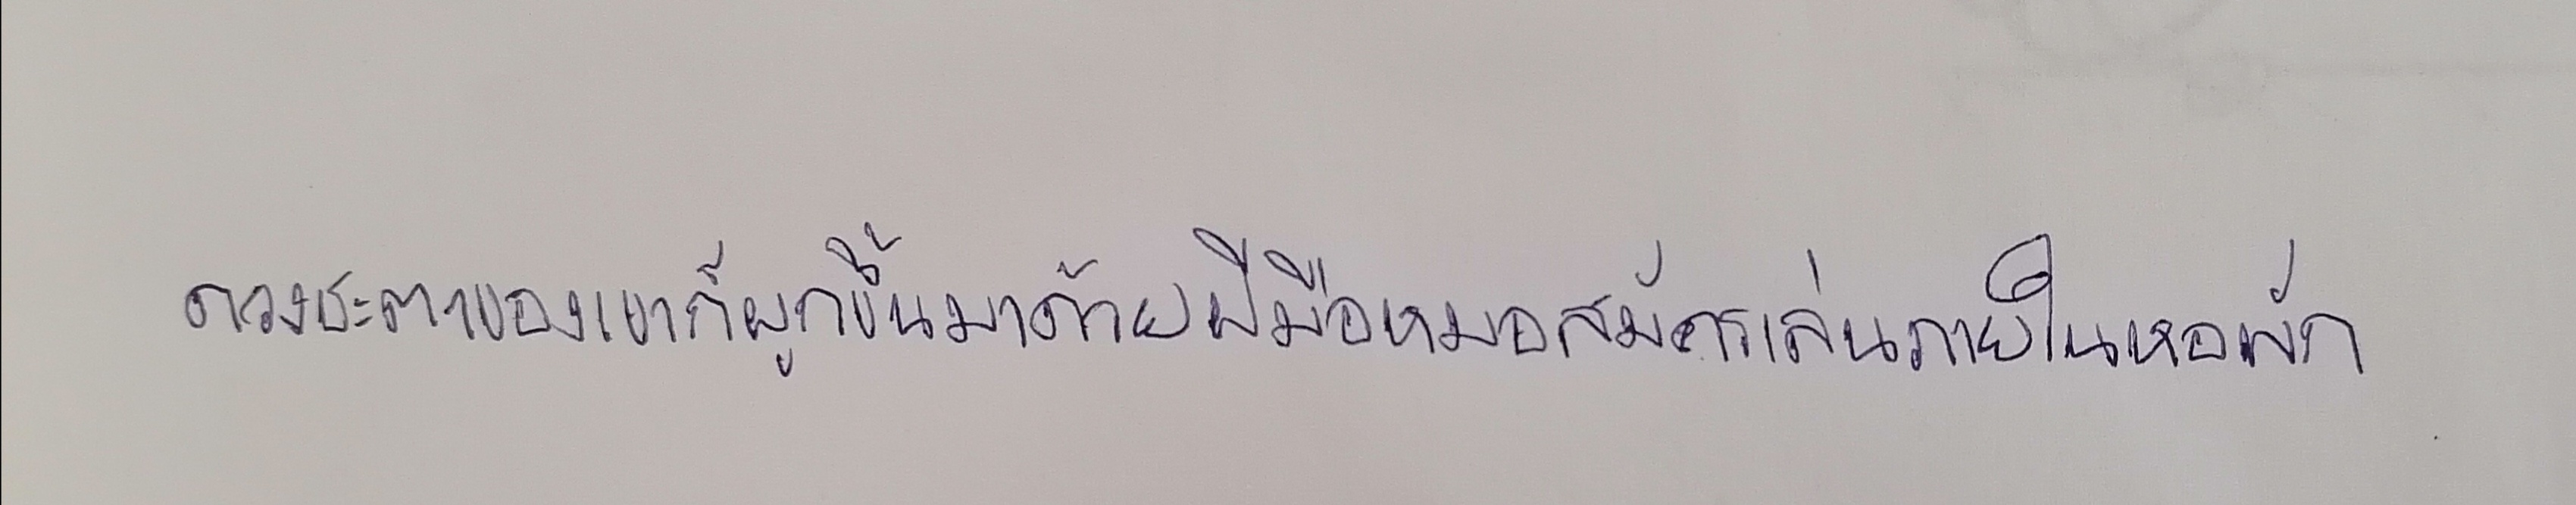
ดวงชะตาของเขาก็ผูกขึ้นมาด้วยฝีมือหมอสมัครเล่นภายในหอพัก